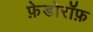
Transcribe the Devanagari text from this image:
फ़ेडोरॉफ़